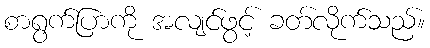
စာရွက်ပြာကို အလျင်ဖွင့် ခတ်လိုက်သည်။